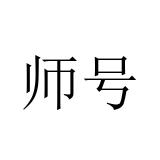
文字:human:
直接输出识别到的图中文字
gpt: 师号